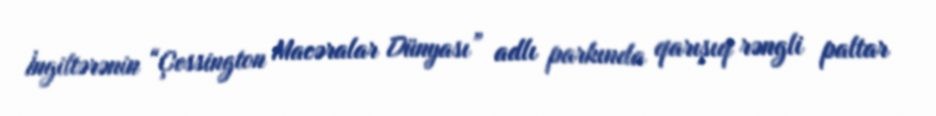
İngiltərənin “Çessington Macəralar Dünyası” adlı parkında qarışıq rəngli paltar